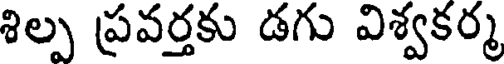
శిల్ప ప్రవర్తకు డగు విశ్వకర్మ